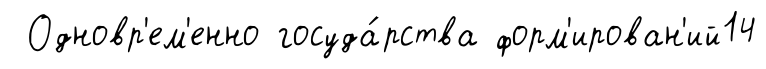
Одновр'ем'енно госуда́рства форм'ирован'ий14